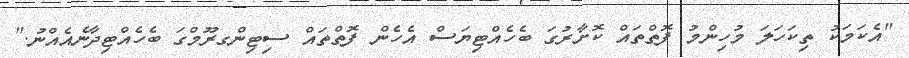
"އެކަމަކު ތިކަހަލަ މުހިންމު ފޮތްތައް ކޮށާރުގަ ބެހެއްޓިޔަސް އެހެން ފޮތްތައް ސިޓިންގރޫމްގަ ބެހެއްޓިދާނެއެއްނު."